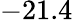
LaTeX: -21.4